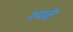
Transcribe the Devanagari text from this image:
श्यवे